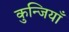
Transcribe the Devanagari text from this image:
कुन्जियाँ